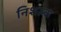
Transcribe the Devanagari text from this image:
निशल्क